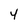
Character: 4